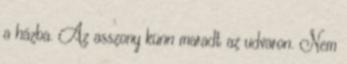
a házba. Az asszony künn maradt az udvaron. Nem